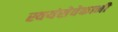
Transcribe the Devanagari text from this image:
स्वयंसेवेकानी